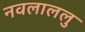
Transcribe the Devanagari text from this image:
नवलाललु